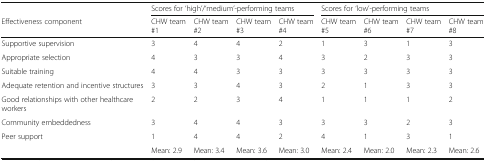
<table><thead><tr><td></td><td colspan="4"><b>Scores for ‘high’/‘medium’-performing teams</b></td><td colspan="4"><b>Scores for ‘low’-performing teams</b></td></tr><tr><td><b>Effectiveness component</b></td><td><b>CHW team #1</b></td><td><b>CHW team #2</b></td><td><b>CHW team #3</b></td><td><b>CHW team #4</b></td><td><b>CHW team #5</b></td><td><b>CHW team #6</b></td><td><b>CHW team #7</b></td><td><b>CHW team #8</b></td></tr></thead><tbody><tr><td>Supportive supervision</td><td>3</td><td>4</td><td>4</td><td>2</td><td>1</td><td>3</td><td>1</td><td>3</td></tr><tr><td>Appropriate selection</td><td>4</td><td>3</td><td>3</td><td>4</td><td>3</td><td>2</td><td>3</td><td>3</td></tr><tr><td>Suitable training</td><td>4</td><td>4</td><td>3</td><td>3</td><td>3</td><td>3</td><td>3</td><td>3</td></tr><tr><td>Adequate retention and incentive structures</td><td>3</td><td>3</td><td>4</td><td>3</td><td>2</td><td>1</td><td>3</td><td>3</td></tr><tr><td>Good relationships with other healthcare workers</td><td>2</td><td>2</td><td>3</td><td>4</td><td>1</td><td>1</td><td>1</td><td>2</td></tr><tr><td>Community embeddedness</td><td>3</td><td>4</td><td>4</td><td>3</td><td>3</td><td>3</td><td>2</td><td>3</td></tr><tr><td>Peer support</td><td>1</td><td>4</td><td>4</td><td>2</td><td>4</td><td>1</td><td>3</td><td>1</td></tr><tr><td></td><td>Mean: 2.9</td><td>Mean: 3.4</td><td>Mean: 3.6</td><td>Mean: 3.0</td><td>Mean: 2.4</td><td>Mean: 2.0</td><td>Mean: 2.3</td><td>Mean: 2.6</td></tr></tbody></table>